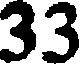
33